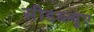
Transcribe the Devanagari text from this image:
सीडब्ल्यूए